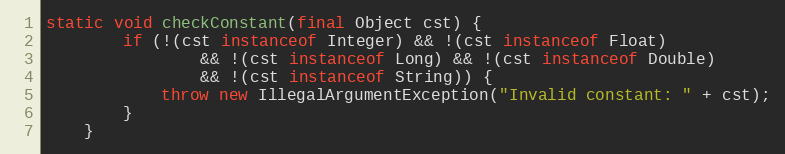
Language: Java
static void checkConstant(final Object cst) {
        if (!(cst instanceof Integer) && !(cst instanceof Float)
                && !(cst instanceof Long) && !(cst instanceof Double)
                && !(cst instanceof String)) {
            throw new IllegalArgumentException("Invalid constant: " + cst);
        }
    }